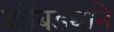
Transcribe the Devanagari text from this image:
कोंबड्याने